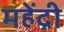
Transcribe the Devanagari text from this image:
महेंद्री